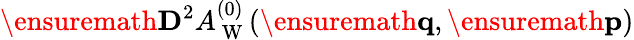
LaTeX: \ensuremath{\mathbf{D}}^{2}A_{\mathrm{~W~}}^{(0)}(\ensuremath{\mathbf{q}},\ensuremath{\mathbf{p}})